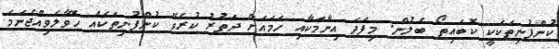
ކުންފުނިތަކަކީ ކޮބައިތޯ ބެލުން. މިފަދަ އިނާމަކާއި ހަމައަށް ދަތުރު ކުރެވޭ ކުންފުނިތަކެއް ހޮވާލެވިއްޖެނަމަ